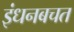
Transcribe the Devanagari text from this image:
इंधनबचत